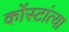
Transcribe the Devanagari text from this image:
कोंस्टांत्या